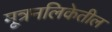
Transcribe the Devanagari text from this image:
मूत्रनलिकेतील